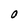
Character: O